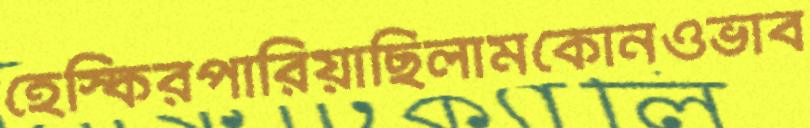
হেস্কিরপারিয়াছিলামকোনওভাব